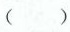
( )$$